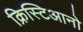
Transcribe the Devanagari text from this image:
क्रिस्टिआनो